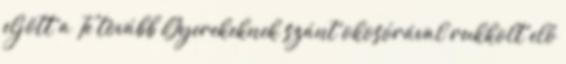
eljött a Te tovább Gyerekeknek szánt okosórával rukkolt elő